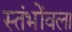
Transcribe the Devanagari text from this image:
स्तंभोंवला